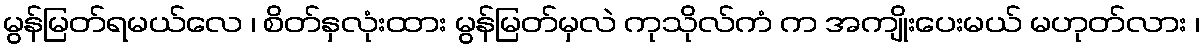
မွန်မြတ်ရမယ်လေ ၊ စိတ်နှလုံးထား မွန်မြတ်မှလဲ ကုသိုလ်ကံ က အကျိုးပေးမယ် မဟုတ်လား ၊